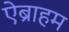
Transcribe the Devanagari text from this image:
ऐब्राहम